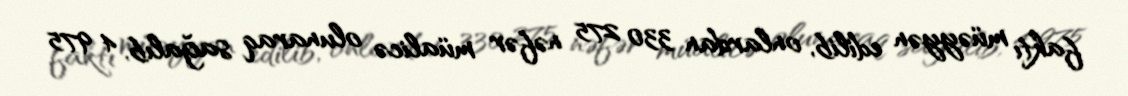
faktı müəyyən edilib, onlardan 330 275 nəfər müalicə olunaraq sağalıb, 4 975